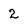
Character: 2